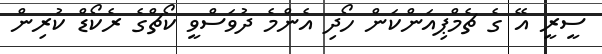
ސީރީ އޭ ގެ ޗެމްޕިއަންކަން ހޯދި އެންމެ ދުވަސްވީ ކޯޗްގެ ރެކޯޑް ކުރިން